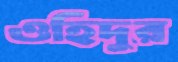
ওহিদুর